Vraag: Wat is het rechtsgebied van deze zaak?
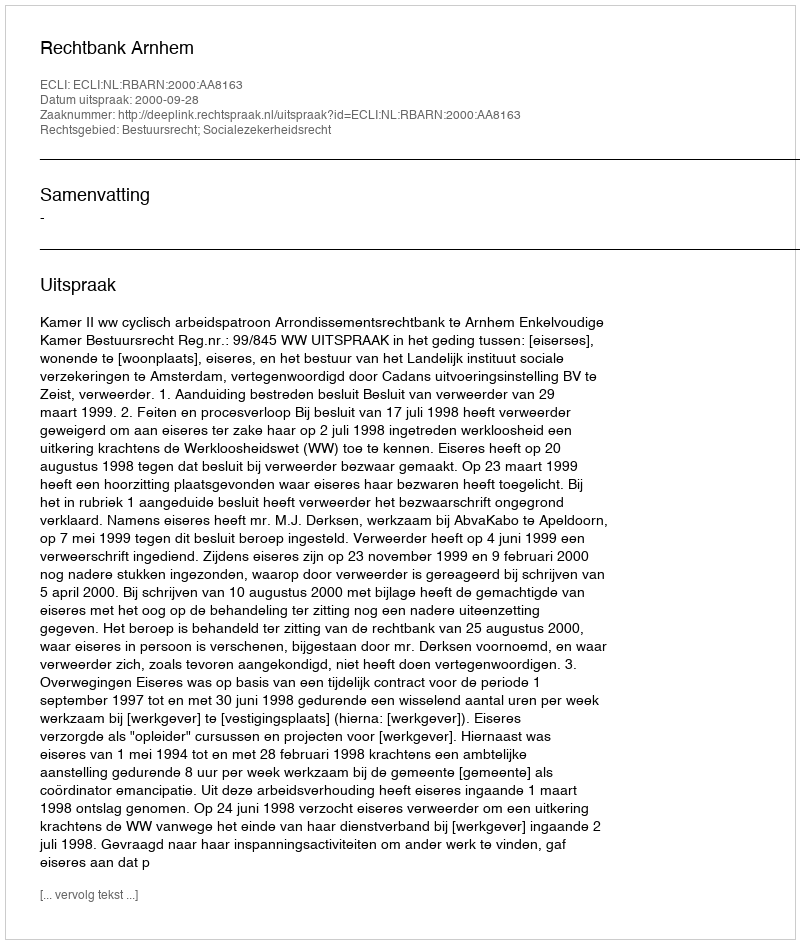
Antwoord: Bestuursrecht; Socialezekerheidsrecht